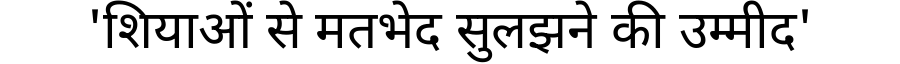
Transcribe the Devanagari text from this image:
'शियाओं से मतभेद सुलझने की उम्मीद'